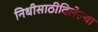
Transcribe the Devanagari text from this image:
निधीसाठीदिलेल्या